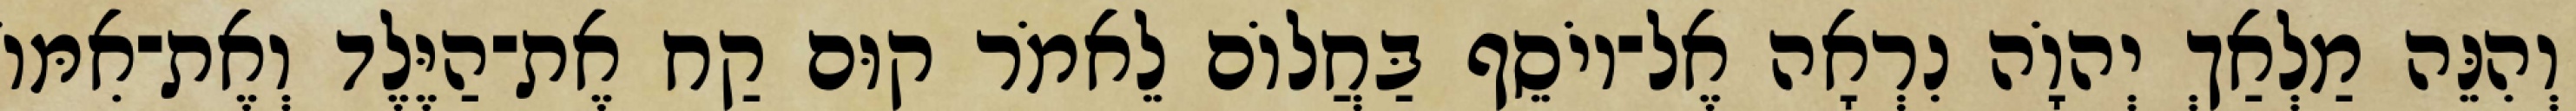
וְהִנֵּה מַלְאַךְ יְהוָֹה נִרְאָה אֶל־יוֹסֵף בַּחֲלוֹם לֵאמֹר קוּם קַח אֶת־הַיֶּלֶד וְאֶת־אִמּוֹ